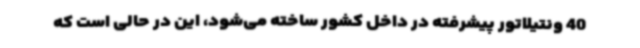
40 ونتیلاتور پیشرفته در داخل کشور ساخته می‌شود، این در حالی است که